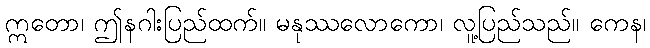
ဣတော၊ ဤနဂါးပြည်ထက်။ မနုဿလောကော၊ လူ့ပြည်သည်။ ကေန၊